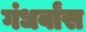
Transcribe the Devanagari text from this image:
गंधर्वांस